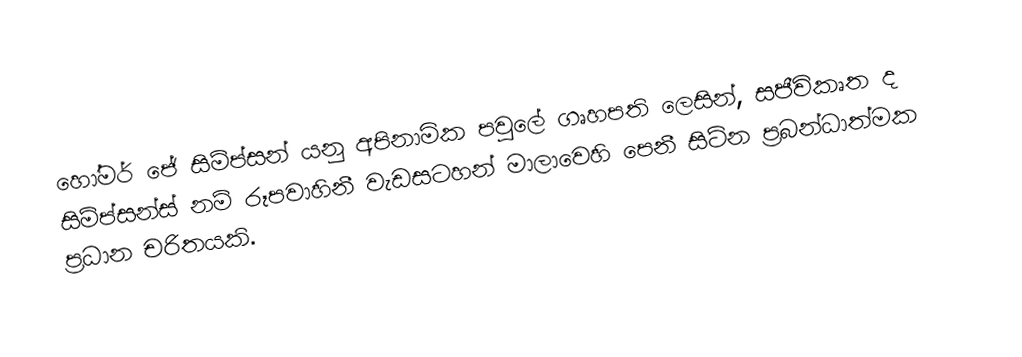
හෝමර් ජේ සිම්ප්සන් යනු  අපිනාමික පවුලේ ගෘහපති  ලෙසින්, සජීවිකෘත ද සිම්ප්සන්ස් නම් රූපවාහිනී වැඩසටහන් මාලාවෙහි පෙනී සිටින ප්‍රබන්ධාත්මක ප්‍රධාන චරිතයකි.